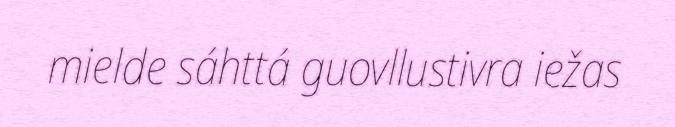
mielde sáhttá guovllustivra iežas